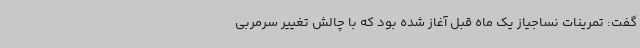
گفت: تمرینات نساجیاز یک ماه قبل آغاز شده بود که با چالش تغییر سرمربی